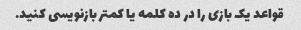
قواعد یک بازی را در ده کلمه یا کمتر بازنویسی کنید.